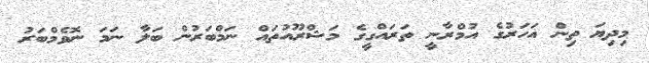
މިދިޔަ ތިން އަހަރުގެ އުމްރާނީ ތަރައްގީގެ މަޝްރޫއުތައް ނަމްބަރުން ބަލާ ނަމަ ނޮވެމްބަރު